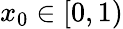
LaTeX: x_{0}\in[0,1)